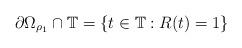
LaTeX: \begin{align*}\partial\Omega_{\rho_{1}}\cap\mathbb{T}=\{t\in\mathbb{T}:R(t)=1\}\end{align*}